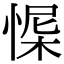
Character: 㥡